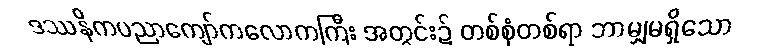
ဒဿနိကပညာကျော်ကလောကကြီး အတွင်း၌ တစ်စုံတစ်ရာ ဘာမျှမရှိသော